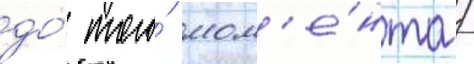
до́ того́ мом'е́нта /